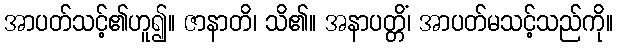
အာပတ်သင့်၏ဟူ၍။ ဇာနာတိ၊ သိ၏။ အနာပတ္တိံ၊ အာပတ်မသင့်သည်ကို။